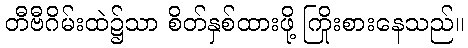
တီဗီဂိမ်းထဲ၌သာ စိတ်နှစ်ထားဖို့ ကြိုးစားနေသည်။